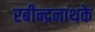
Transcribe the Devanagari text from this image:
रबीन्द्रनाथके